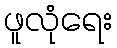
ဖူလုံရေး